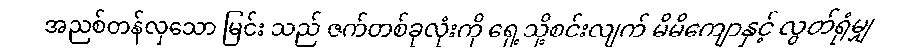
အညစ်တန်လှသော မြင်း သည် ဇက်တစ်ခုလုံးကို ရှေ့သို့စင်းလျက် မိမိကျောနှင့် လွတ်ရုံမျှ